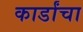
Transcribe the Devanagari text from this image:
कार्डांचा